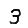
Digit: 3